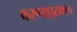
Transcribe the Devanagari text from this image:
करण्याइतकाच